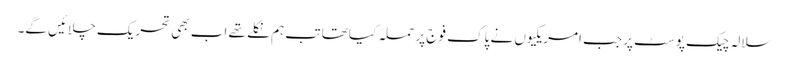
سلالہ چیک پوسٹ پر جب امریکیوں نے پاک فوج پر حملہ کیا تھا تب ہم نکلے تھے اب بھی تحریک چلائیں گے۔